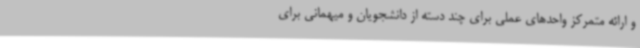
و ارائه متمرکز واحدهای عملی برای چند دسته از دانشجویان و میهمانی برای